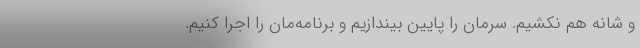
و شانه هم نکشیم. سرمان را پایین بیندازیم و برنامه‌مان را اجرا کنیم.